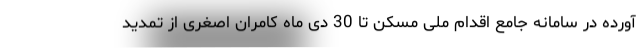
آورده در سامانه جامع اقدام ملی مسکن تا 30 دی ماه کامران اصغری از تمدید